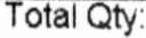
TOTAL QTY: